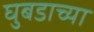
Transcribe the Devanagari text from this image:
घुबडाच्या